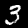
Label: 3